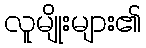
လူမျိုးများ၏